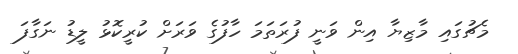
މެޗުގައި މާޒިޔާ އިން ވަނީ ފުރަތަމަ ހާފުގެ ވަރަށް ކުރީކޮޅު ލީޑު ނަގާފަ